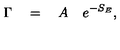
\Gamma \quad = \quad A \quad e ^ { - S _ { E } } ,